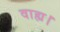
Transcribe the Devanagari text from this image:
वाह्य।